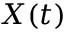
X ( t )